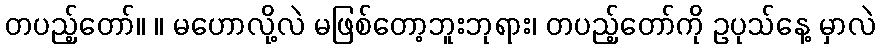
တပည့်တော်။ ။ မဟောလို့လဲ မဖြစ်တော့ဘူးဘုရား၊ တပည့်တော်ကို ဥပုသ်နေ့ မှာလဲ